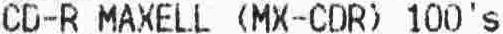
CD-R MAXELL (MX-CDR) 100'S